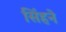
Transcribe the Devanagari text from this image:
सिंहने